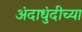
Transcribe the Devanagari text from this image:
अंदाधुंदीच्या